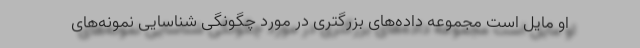
او مایل است مجموعه داده‌های بزرگتری در مورد چگونگی شناسایی نمونه‌های